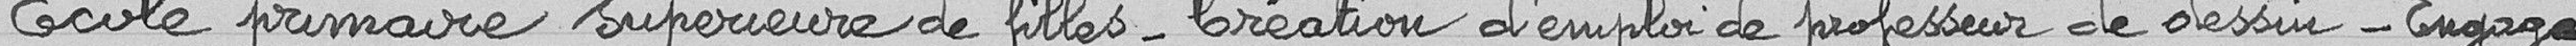
Ecole primaire supérieure de filles - Création d'emploi de professeur de dessin - Engage-